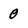
Character: 0